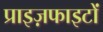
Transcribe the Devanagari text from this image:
प्राइज़फाइटों